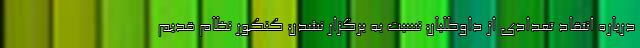
درباره انتقاد تعدادی از داوطلبان نسبت به برگزار نشدن کنکور نظام قدیم